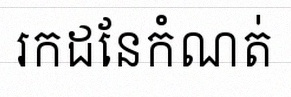
រកដែនកំណត់